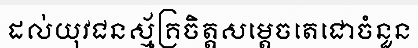
ដល់យុវជនស្ម័គ្រចិត្តសម្តេចតេជោចំនួន